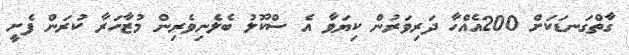
ގާތްގަނޑަކަށް 200އެއްހާ ދަރިވަރުން ކިޔަވާ އެ ސްކޫލު ބެލެނިވެރިން މުޒާހަރާ ކުރަން ފެށީ